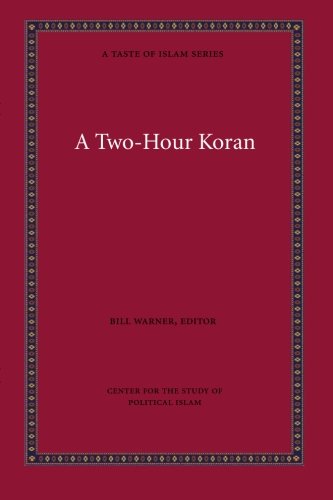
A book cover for A Two-Hour Koran (A Taste of Islam); Bill Warner; Religion & Spirituality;